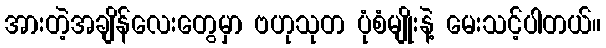
အားတဲ့အချိန်လေးတွေမှာ ဗဟုသုတ ပုံစံမျိုးနဲ့ မေးသင့်ပါတယ်။